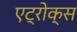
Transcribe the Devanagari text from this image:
एट्रोक्स